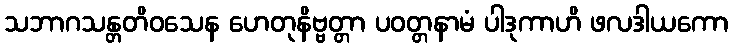
သဘာဂသန္တတိဝသေန ဟေတုနိဗ္ဗတ္တာ ပဝတ္တနာမံ ပါဒုကာဟိ ဖလဒါယကော